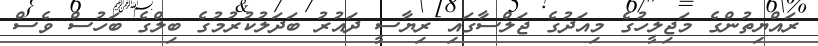
ރައްޔިތުންގެ މަޖިލީހުގެ މިއަދުގެ ޖަލްސާގައި ރިޔާސީ ދައުރު ބަދަލުކުރުމުގެ ބިލްގެ ބަހުސް ވެސް